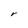
Character: r